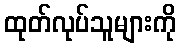
ထုတ်လုပ်သူများကို